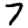
Digit: 7